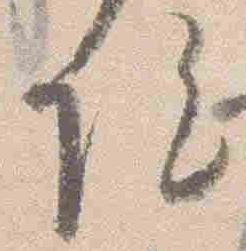
院